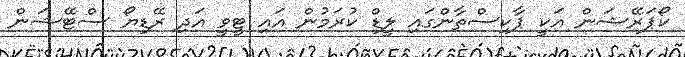
ކޯޕަރޭޝަން އަކީ ޕާކިސްތާންގައި ލީޑް ކުރަމުން އައި ޓީވީ އަދި ރޭޑިޔޯ ސްޓޭޝަން